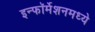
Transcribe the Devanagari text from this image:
इन्फॉर्मेशनमध्ये